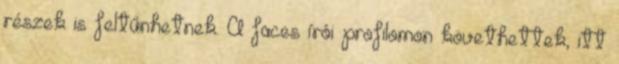
részek is feltűnhetnek. A faces írói profilomon követhettek, itt